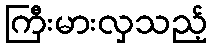
ကြီးမားလှသည့်